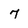
Character: 7